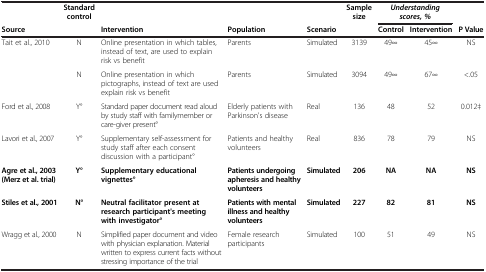
<table><thead><tr><td><b> </b></td><td><b>Standard control</b></td><td><b> </b></td><td><b> </b></td><td><b> </b></td><td><b>Sample size</b></td><td colspan="2"><b><i>Understanding scores, %</i></b></td><td><b> </b></td></tr><tr><td><b>Source</b></td><td><b> </b></td><td><b>Intervention</b></td><td><b>Population</b></td><td><b>Scenario</b></td><td><b> </b></td><td><b>Control</b></td><td><b>Intervention</b></td><td><b>P Value</b></td></tr></thead><tbody><tr><td>Tait et al., 2010</td><td>N</td><td>Online presentation in which tables, instead of text, are used to explain risk vs benefit</td><td>Parents</td><td>Simulated</td><td>3139</td><td>49∞</td><td>45∞</td><td>NS</td></tr><tr><td> </td><td>N</td><td>Online presentation in which pictographs, instead of text are used explain risk vs benefit</td><td>Parents</td><td>Simulated</td><td>3094</td><td>49∞</td><td>67∞</td><td>&lt;.05</td></tr><tr><td>Ford et al., 2008</td><td>Y°</td><td>Standard paper document read aloud by study staff with familymember or care-giver present°</td><td>Elderly patients with Parkinson&#x27;s disease</td><td>Real</td><td>136</td><td>48</td><td>52</td><td>0.012‡</td></tr><tr><td>Lavori et al., 2007</td><td>Y°</td><td>Supplementary self-assessment for study staff after each consent discussion with a participant°</td><td>Patients and healthy volunteers</td><td>Real</td><td>836</td><td>78</td><td>79</td><td>NS</td></tr><tr><td><b>Agre et al., 2003 (Merz et al. trial)</b></td><td><b>Y°</b></td><td><b>Supplementary educational vignettes°</b></td><td><b>Patients undergoing apheresis and healthy volunteers</b></td><td><b>Simulated</b></td><td><b>206</b></td><td><b>NA</b></td><td><b>NA</b></td><td><b>NS</b></td></tr><tr><td><b>Stiles et al., 2001</b></td><td><b>N°</b></td><td><b>Neutral facilitator present at research participant&#x27;s meeting with investigator°</b></td><td><b>Patients with mental illness and healthy volunteers</b></td><td><b>Simulated</b></td><td><b>227</b></td><td><b>82</b></td><td><b>81</b></td><td><b>NS</b></td></tr><tr><td>Wragg et al., 2000</td><td>N</td><td>Simplified paper document and video with physician explanation. Material written to express current facts without stressing importance of the trial</td><td>Female research participants</td><td>Simulated</td><td>100</td><td>51</td><td>49</td><td>NS</td></tr></tbody></table>